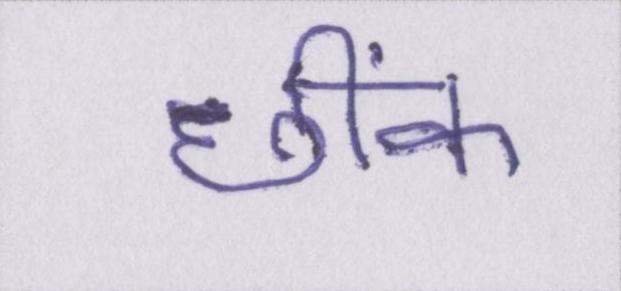
छींक